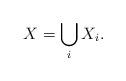
LaTeX: \begin{align*}X=\bigcup_iX_i.\end{align*}